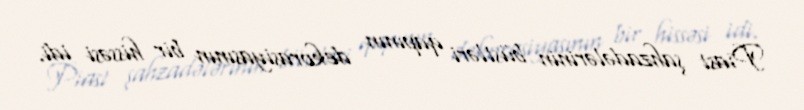
Piast şahzadələrinin büstləri qapının dekorasiyasının bir hissəsi idi.